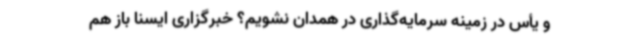
و یأس در زمینه سرمایه‌گذاری در همدان نشویم؟ خبرگزاری ایسنا باز هم